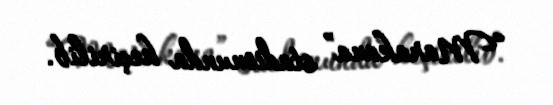
“Marakana” stadionunda keçirilib.